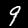
Label: 9